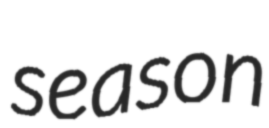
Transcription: season